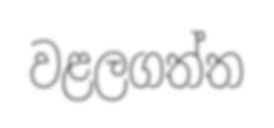
වළලගත්ත